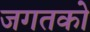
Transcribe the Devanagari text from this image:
जगतको